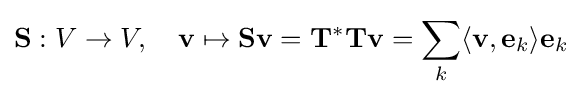
\mathbf {S} :V\rightarrow V,\quad \mathbf {v} \mapsto \mathbf {S} \mathbf {v} =\mathbf {T} ^{*}\mathbf {T} \mathbf {v} =\sum _{k}\langle \mathbf {v} ,\mathbf {e} _{k}\rangle \mathbf {e} _{k}